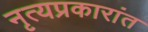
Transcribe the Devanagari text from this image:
नृत्यप्रकारांत